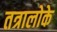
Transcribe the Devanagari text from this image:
तत्रालोके